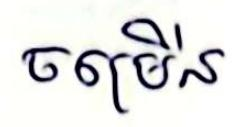
ចម្រើន